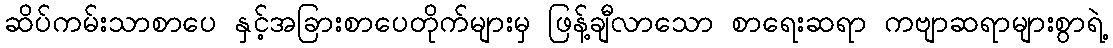
ဆိပ်ကမ်းသာစာပေ နှင့်အခြားစာပေတိုက်များမှ ဖြန့်ချီလာသော စာရေးဆရာ ကဗျာဆရာများစွာရဲ့